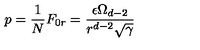
p = \frac { 1 } { N } F _ { 0 r } = \frac { \epsilon \Omega _ { d - 2 } } { r ^ { d - 2 } \sqrt { \gamma } }